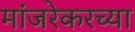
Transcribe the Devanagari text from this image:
मांजरेकरच्या